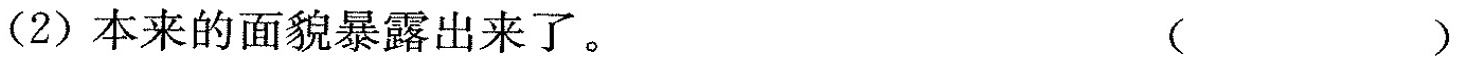
(2) 本来的面貌暴露出来了。()